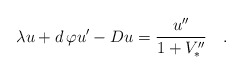
\begin{align*}\lambda u + d\,\varphi u'-Du={u''\over1+V''_*}\quad.\end{align*}